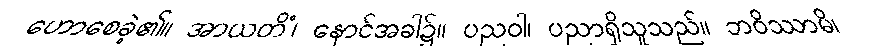
ဟောစေခဲ့၏။ အာယတိံ၊ နောင်အခါ၌။ ပညဝါ၊ ပညာရှိသူသည်။ ဘဝိဿာမိ၊